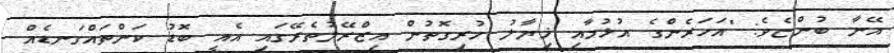
އޭނާ ބުންޏެވެ: "އަހަރެންގެ އުޅުމާއި ޚިޔާލު ހުރިގޮތުން އިޒްރޭލުތެރޭގައި އެއީ ބޮޑު ކަންތައްގަނޑެއް